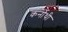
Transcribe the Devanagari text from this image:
कर्नोथी